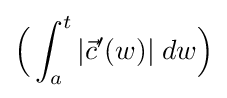
{\Bigl (}\int _{a}^{t}|{\vec {c}}'(w)|\;dw{\Bigr )}